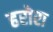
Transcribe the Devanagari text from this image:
हरोरा